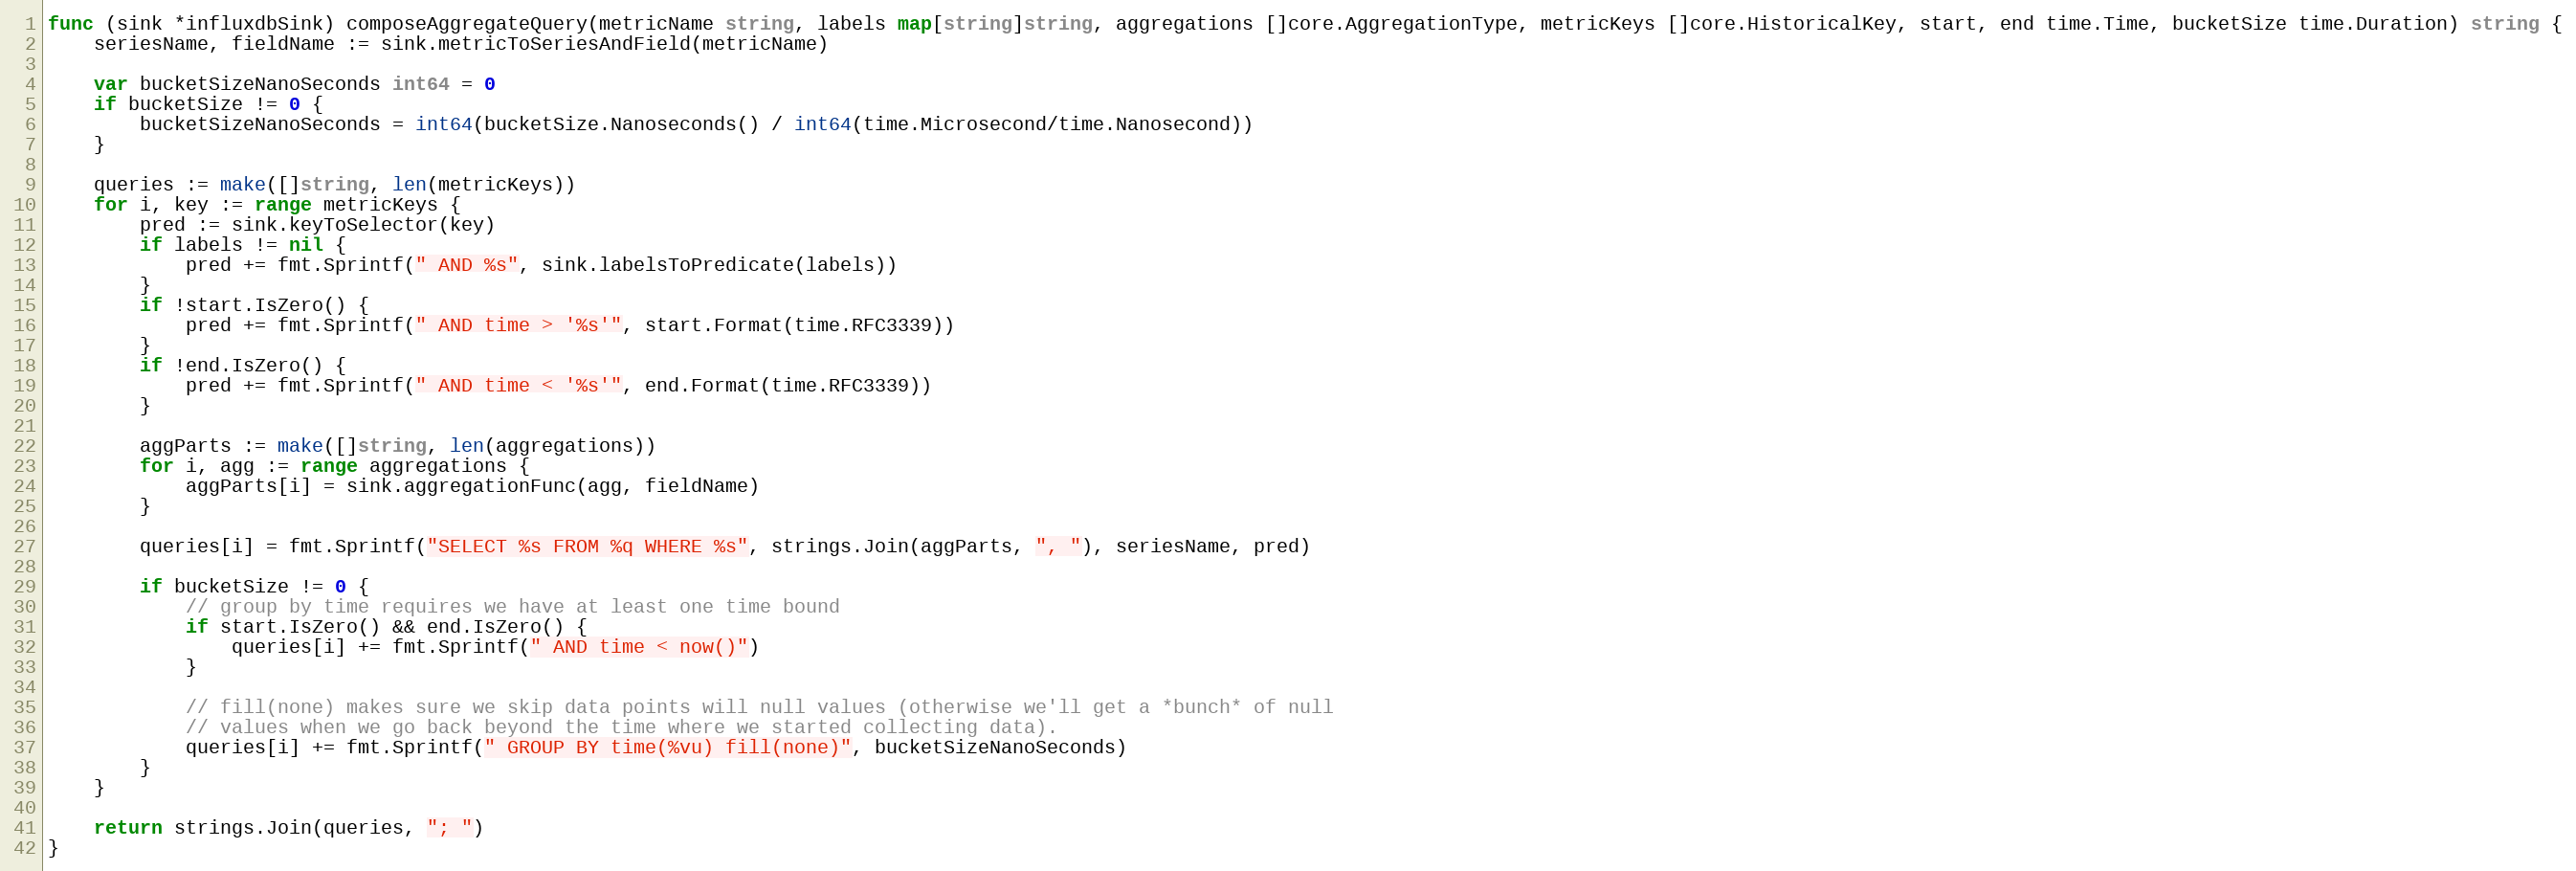
Language: Go
func (sink *influxdbSink) composeAggregateQuery(metricName string, labels map[string]string, aggregations []core.AggregationType, metricKeys []core.HistoricalKey, start, end time.Time, bucketSize time.Duration) string {
	seriesName, fieldName := sink.metricToSeriesAndField(metricName)

	var bucketSizeNanoSeconds int64 = 0
	if bucketSize != 0 {
		bucketSizeNanoSeconds = int64(bucketSize.Nanoseconds() / int64(time.Microsecond/time.Nanosecond))
	}

	queries := make([]string, len(metricKeys))
	for i, key := range metricKeys {
		pred := sink.keyToSelector(key)
		if labels != nil {
			pred += fmt.Sprintf(" AND %s", sink.labelsToPredicate(labels))
		}
		if !start.IsZero() {
			pred += fmt.Sprintf(" AND time > '%s'", start.Format(time.RFC3339))
		}
		if !end.IsZero() {
			pred += fmt.Sprintf(" AND time < '%s'", end.Format(time.RFC3339))
		}

		aggParts := make([]string, len(aggregations))
		for i, agg := range aggregations {
			aggParts[i] = sink.aggregationFunc(agg, fieldName)
		}

		queries[i] = fmt.Sprintf("SELECT %s FROM %q WHERE %s", strings.Join(aggParts, ", "), seriesName, pred)

		if bucketSize != 0 {
			// group by time requires we have at least one time bound
			if start.IsZero() && end.IsZero() {
				queries[i] += fmt.Sprintf(" AND time < now()")
			}

			// fill(none) makes sure we skip data points will null values (otherwise we'll get a *bunch* of null
			// values when we go back beyond the time where we started collecting data).
			queries[i] += fmt.Sprintf(" GROUP BY time(%vu) fill(none)", bucketSizeNanoSeconds)
		}
	}

	return strings.Join(queries, "; ")
}